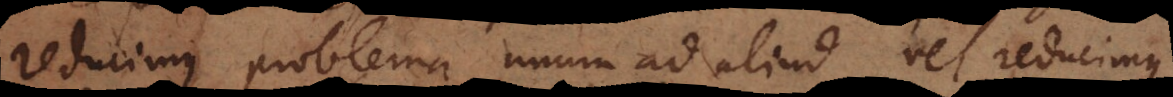
reducimus problema unum ad aliud vel reducimus